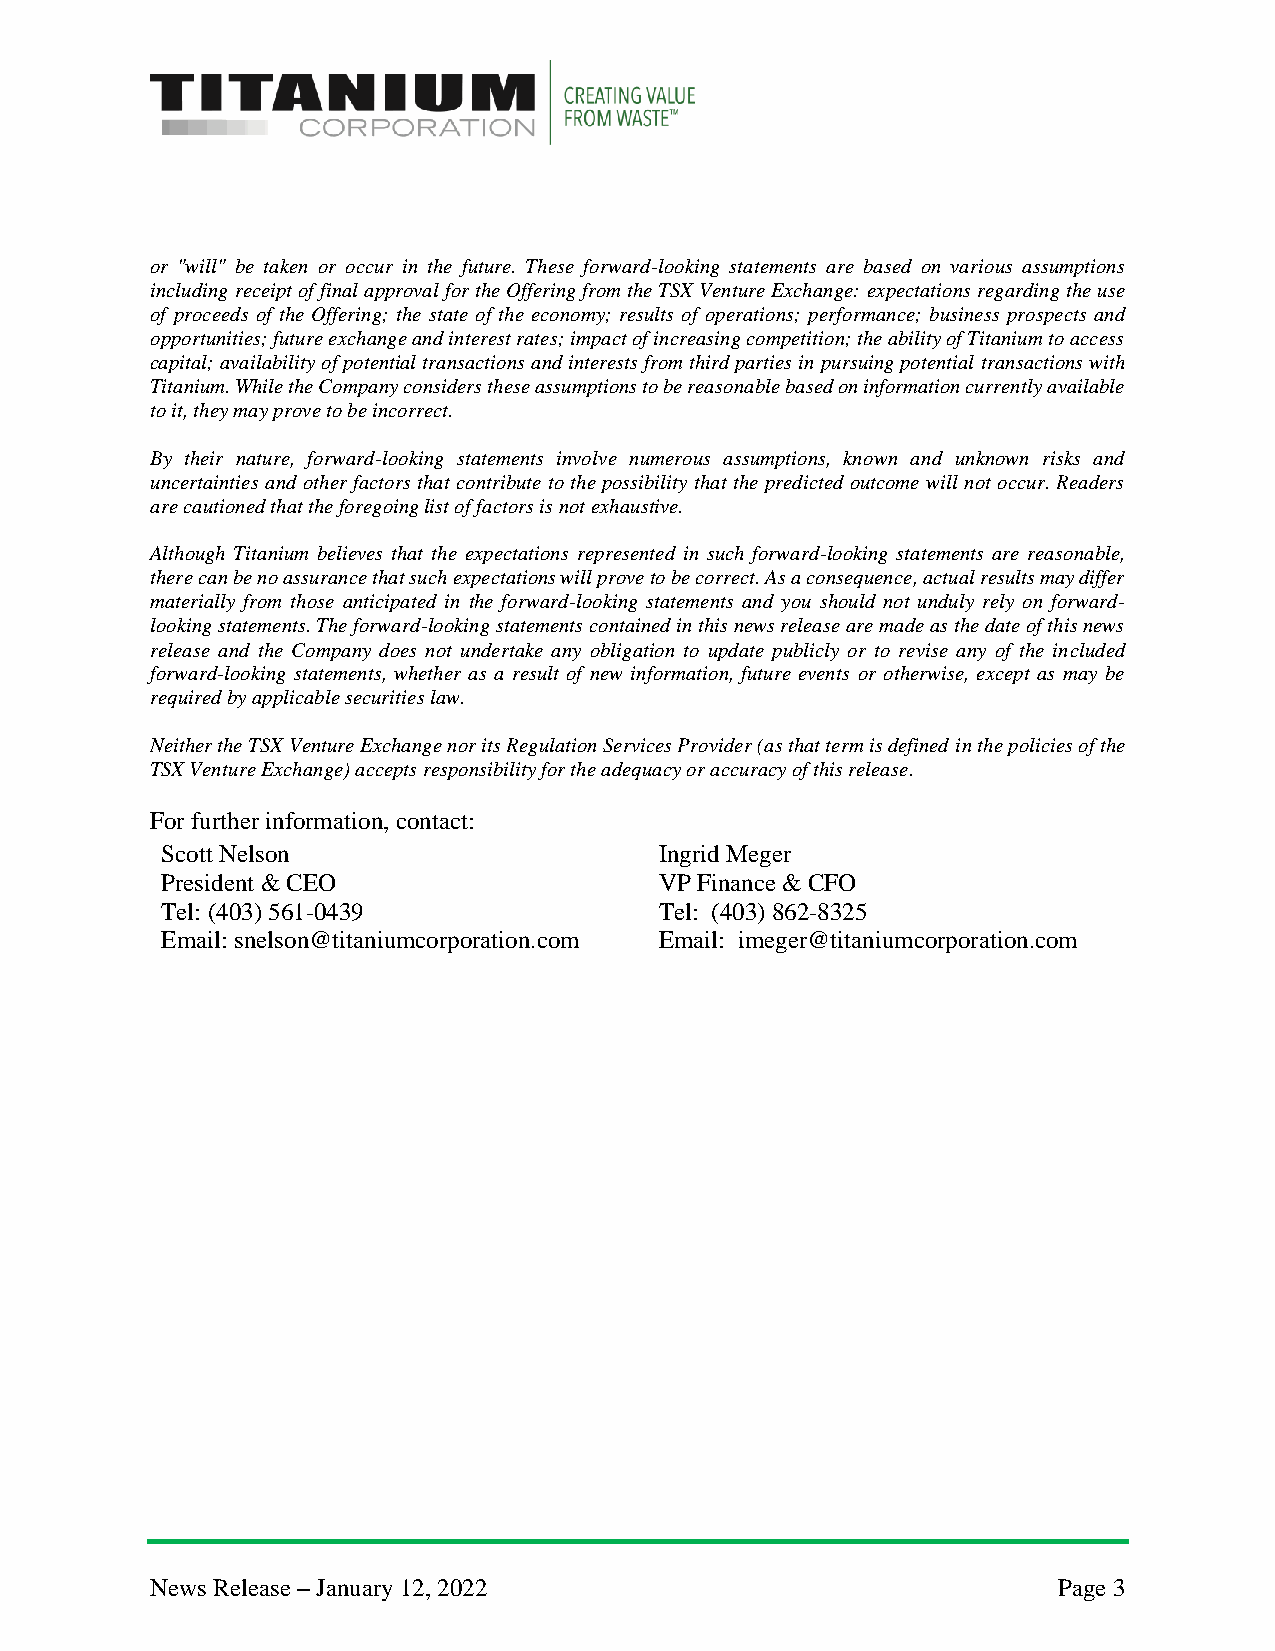
or "will" be taken or occur in the future. These forward-looking statements are based on various assumptions
 including receipt of final approval for the Offering from the TSX Venture Exchange: expectations regarding the use
 of proceeds of the Offering; the state of the economy; results of operations; performance; business prospects and
 opportunities; future exchange and interest rates; impact of increasing competition; the ability of Titanium to access
 capital; availability of potential transactions and interests from third parties in pursuing potential transactions with
 Titanium. While the Company considers these assumptions to be reasonable based on information currently available
 to it, they may prove to be incorrect.
 By their nature, forward-looking statements involve numerous assumptions, known and unknown risks and
 uncertainties and other factors that contribute to the possibility that the predicted outcome will not occur. Readers
 are cautioned that the foregoing list of factors is not exhaustive.
 Although Titanium believes that the expectations represented in such forward-looking statements are reasonable,
 there can be no assurance that such expectations will prove to be correct. As a consequence, actual results may differ
 materially from those anticipated in the forward-looking statements and you should not unduly rely on forward-
 looking statements. The forward-looking statements contained in this news release are made as the date of this news
 release and the Company does not undertake any obligation to update publicly or to revise any of the included
 forward-looking statements, whether as a result of new information, future events or otherwise, except as may be
 required by applicable securities law.
 Neither the TSX Venture Exchange nor its Regulation Services Provider (as that term is defined in the policies of the
 TSX Venture Exchange) accepts responsibility for the adequacy or accuracy of this release.
 For further information, contact:
 Scott Nelson                     Ingrid Meger
 President & CEO                  VP Finance & CFO
 Tel: (403) 561-0439              Tel: (403) 862-8325
 Email: snelson@titaniumcorporation.com Email: imeger@titaniumcorporation.com
 News Release – January 12, 2022                             Page 3